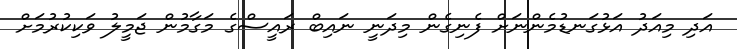
އަދި މިއަދު އަޅުގަނޑުމެންނަށް ފެނިގެން މިދަނީ ނައިބް ރައީސްގެ މަގާމުން ޖަމީލު ވަކިކުރުމަށް